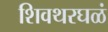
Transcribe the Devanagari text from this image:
शिवथरघळं